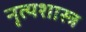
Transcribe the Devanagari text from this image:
नृत्‍यशास्‍त्र